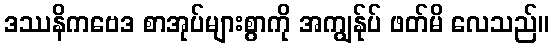
ဒဿနိကဗေဒ စာအုပ်များစွာကို အကျွန်ုပ် ဖတ်မိ လေသည်။